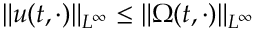
\| u ( t , \cdot ) \| _ { L ^ { \infty } } \leq \| \Omega ( t , \cdot ) \| _ { L ^ { \infty } }